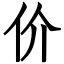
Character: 价